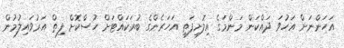
އަހަންނަށް އަހުވަ ދައްކަން މަންމަގެ އިލޮށިފަތި އަހަރެންގެ ބުރަކައްޓަށް ހުސްކޮށް ފިތް އަރުވައިލުމުން